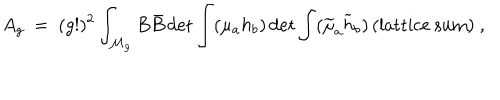
LaTeX: A _ { g } ~ = ~ ( g ! ) ^ { 2 } \int _ { { \cal M } _ { g } } B \bar { B } \det { \int ( { \mu _ { a } } h _ { b } } ) \det { \int ( \widetilde { \mu } _ { a } \widetilde { h } _ { b } ) } \, ( \mathrm { { l a t t i c e ~ s u m } } ) ~ ,